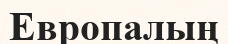
Европалың